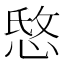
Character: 𰑭